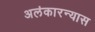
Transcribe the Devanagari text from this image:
अलंकारन्यास